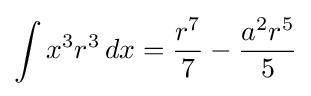
\int x^{3}r^{3}\,dx={\frac {r^{7}}{7}}-{\frac {a^{2}r^{5}}{5}}